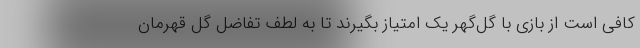
کافی است از بازی با گل‌گهر یک امتیاز بگیرند تا به لطف تفاضل گل قهرمان